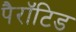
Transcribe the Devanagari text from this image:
पैरॉटिड